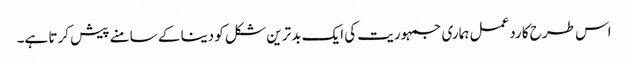
اس طرح کا ردعمل ہماری جمہوریت کی ایک بدترین شکل کو دینا کے سامنے پیش کرتا ہے۔